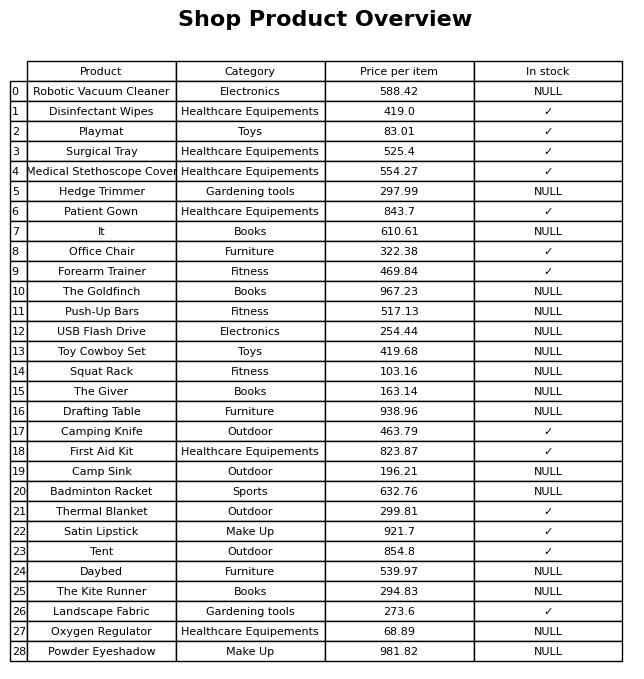
question: What is the price for Robotic Vacuum Cleaner?
answer: The price of Robotic Vacuum Cleaner is 588.42.